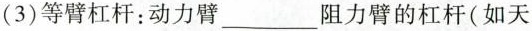
(3)等臂杠杆：动力臂______阻力臂的杠杆(如天